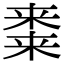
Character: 𭫝